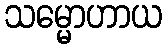
သမ္မောဟာယ